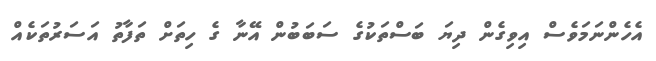
އެހެންނަމަވެސް އިވިގެން ދިޔަ ބަސްތަކުގެ ސަބަބުން އޭނާ ގެ ހިތަށް ތަފާތު އަސަރުތަކެއް